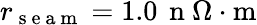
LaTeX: r_{\mathrm{~s~e~a~m~}}=1.0\, \mathrm{~n~}\Omega\cdot\mathrm{m}